Medical and sanitary report of the native army of Bengal for the year
Year: 1877
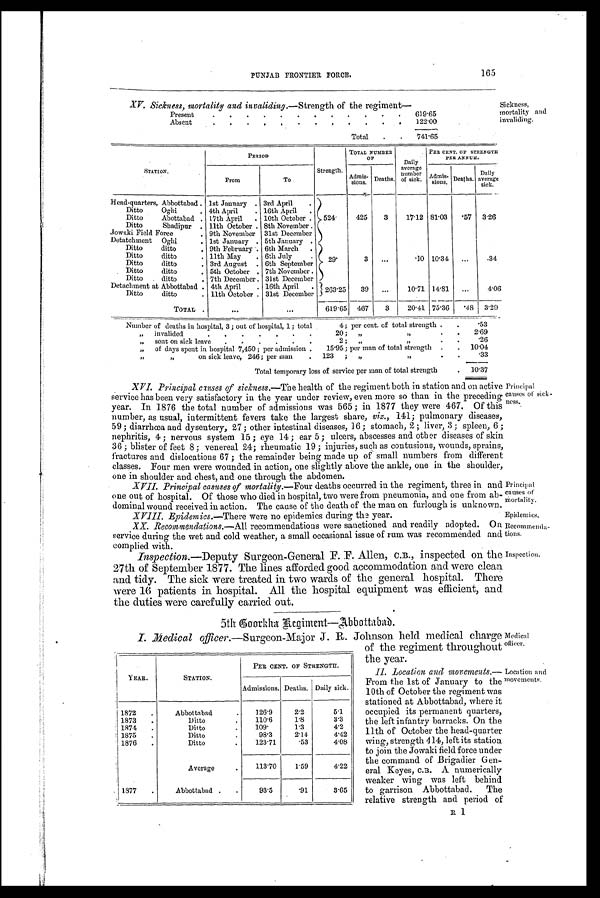
Principal.
causes of
Mortality.
Epidemics.
Recommenda-
tions.
Inspection.
Medical
officer.
Location and
movements.
165
PUNJAB FRONTIER FORCE.
XV. Sickness, mortality and invaliding. —Strength of the regiment—
Present
.
.
.
.
619.65
Absent
122.00
Total
.
.
741.65
Sickness,
mortality and
invaliding.
STATION.
PERIOD
Strength.
TOTAL NUMBER
O F
Daily
average
number
of sick.
PER CENT. OF STRENGTH
PER ANNUM.
From
To
Admis-
sions.
Deaths.
Admis- sions. Deaths.
Daily
average
sick.
Head-quarters, Abbottabad . 1st January
3rd April
524.
425
3
17.12 81.03
. 5 7 3.26
Ditto
Oghi
4th April
. 16th April
Ditto
Abottabad . 17th April
10th October .
Ditto
Shadipur . 11th October . 8th November .
Jowaki Field Force
9th November 31st December
Detatchment
Oghi
. 1st January
5th January .
Ditto
ditto
9th February
6th March
.
29.
3
...
.10 10.34
...
.34
Ditto
ditto
. 11th May
. 6th July
.
Ditto
ditto
3rd August . 6th September
Ditto
ditto
5th October , 7th November .
Ditto
ditto
. 7th December . 31st December
Detachment at Abbottabad . 4th April
. 16th April
263.25
39
...
10.71 14.81
...
4.06
Ditto
ditto
. 11th October . 31st December
TOTAL .
. . .
...
619.65
467
3
20.41 75.36
. 4 8 3.29
Number of deaths in hospital, 3 ; out of hospital, 1; total
4 ; per cent, of total strength .
.53
„
invalided
.
.
.
.
.
.
20 ;
„
,,
.
2.69
„
sent on sick leave
.
.
.
2 ;
„
,,
.
.
.26
„
of days spent in hospital 7,450 ; per admission .
15.95 ; per man of total strength
.
.
10.04
„
,,
on sick leave, 246; per man
123
;
„
„
.
.33
Total temporary loss of service per man of total strength
.
10.37
XVI. Principal causes of sickness. —The health of the regiment both in station and on active
service has been very satisfactory in the year under review, even more so than in the preceding
year. In 1876 the total number of admissions was 565; in 1877 they were 467. Of
this number, as usual, intermittent fevers take the largest share, viz., 141; pulmonary diseases,
59; diarrhœa and dysentery, 27; other intestinal diseases, 16; stomach, 2; liver, 3; spleen, 6
nephritis, 4; nervous system 15; eye 14; ear 5; ulcers, abscesses and other diseases of skis
36; blister of feet 8; venereal 24; rheumatic 19; injuries, such as contusions, wounds, sprains
fractures and dislocations 67; the remainder being made up of small numbers from different
classes. Four men were wounded in action, one slightly above the ankle, one in the shoulder,
one in shoulder and chest, and one through the abdomen.
XVII. Principal casuses of mortality. —Four deaths occurred in the regiment, three in and
one out of hospital. Of those who died in hospital, two were from pneumonia, and one from ab-
dominal wound received in action. The cause of the death of the man on furlough is unknown.
X V I I I . E p i d e m i c s .
— T h e r e
w e r e n o e p i d e m i c s d u r i n g t h e y e a r .
XX. Recommendations.—All recommendations were sanctioned and readily adopted.
O n
s e r v i c e d u r i n g t h e w e t a n d c o l d w e a t h e r , a s m a l l o c c a s i o n a l i s s u e o f r u m w a s r e c o m m e n d e d a n d
complied with.
Inspection. —Deputy Surgeon-General F. F. Allen, C.B., inspected on the
27th of September 1877. The lines afforded good accommodation and were clear
and tidy. The sick were treated in two wards of the general hospital. There
were 16 patients in hospital. All the hospital equipment was efficient, and
the duties were carefully carried out.
5th Goorkha Regiment—Abbottabad.
I. Medical Officer.—Surgeon-Major J. R. Johnson held medical charge
of the regiment throughout
the year.
II. Location and movements.—
From the 1st of January to the
10th of October the regiment was
stationed at Abbottabad, where it
occupied its permanent quarters,
the left infantry barracks. On the
11th of October the head-quarter
wing, strength 414, left its station
to join the Jowaki field force under
the command of Brigadier Gen-
eral Keyes, C.B. A numerically
weaker wing was left behind
to garrison Abbottabad. The
relative strength and period of
YEAR.
STATION.
PER CENT. OF STRENGTH.
Admissions. Deaths. Daily sick.
1872
Abbottabad
126.9
2.2
5.1
1873
Ditto
110.6
1.8
3.3
1874
Ditto
109.
1.3
4.2
1875
Ditto
98.3
2.14.
4.42
1876
.
Ditto
.
123.71
.53
4.08
Average
113.70
1.59
4.22
1877
.
Abbottabad .
.
93.5
.91
3.65
Principal
causes of sick-
ness.